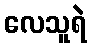
လေသူရဲ